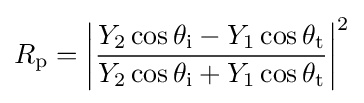
R_{\text{p}}=\left|{\frac {Y_{2}\cos \theta _{\text{i}}-Y_{1}\cos \theta _{\text{t}}}{Y_{2}\cos \theta _{\text{i}}+Y_{1}\cos \theta _{\text{t}}}}\right|^{2}